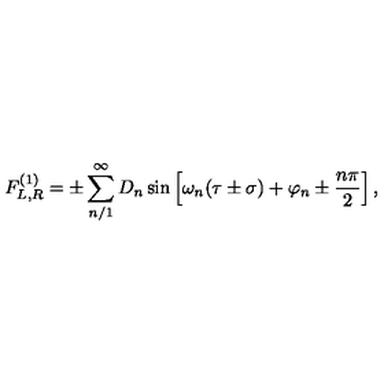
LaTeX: F _ { L , R } ^ { ( 1 ) } = \pm \sum _ { n / 1 } ^ { \infty } D _ { n } \sin \left[ \omega _ { n } ( \tau \pm \sigma ) + \varphi _ { n } \pm \frac { n \pi } { 2 } \right] ,